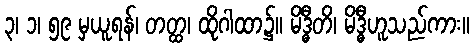
၃၊ ၁၊ ၅၉ မှယူရန်၊ တတ္ထ၊ ထိုဂါထာ၌။ မိဒ္ဓီတိ၊ မိဒ္ဓီဟူသည်ကား။